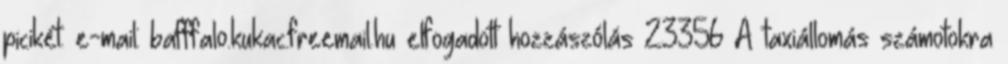
picikét. e-mail: bafffalo.kukac.freemail.hu elfogadott hozzászólás 23356 A taxiállomás számotokra